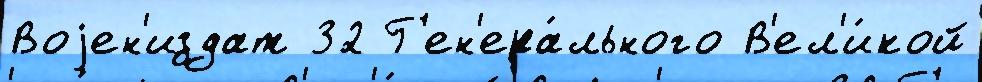
Воjен'издат 32 Г'ен'ера́льного В'ел'и́кой